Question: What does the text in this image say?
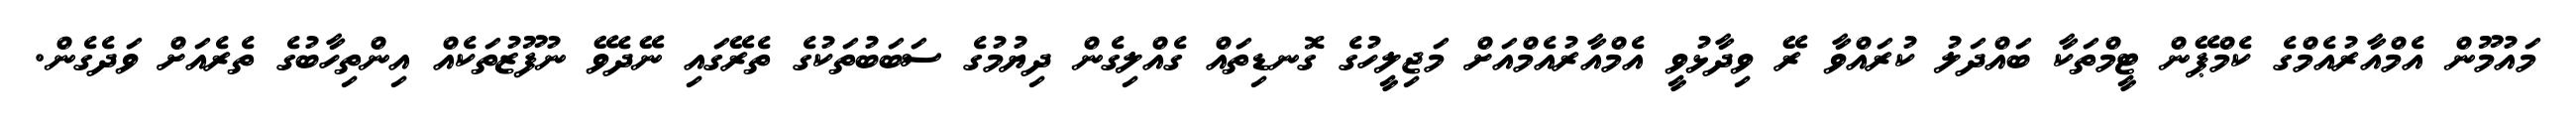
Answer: މައުމޫން އެމްއާރުއެމްގެ ކެމްޕޭން ޓީމްތަކާ ބައްދަލު ކުރައްވާ ރޭ ވިދާޅުވީ އެމްއާރުއެމްއަށް މަޖިލީހުގެ ގޮނޑިތައް ގެއްލިގެން ދިޔުމުގެ ސަބަބުތަކުގެ ތެރޭގައި ނޭދެވޭ ނުފޫޒުތަކެއް އިންތިހާބުގެ ތެރެއަށް ވަދެގެން.